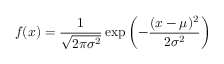
f ( x ) = { \frac { 1 } { \sqrt { 2 \pi \sigma ^ { 2 } } } } \exp \left( - { \frac { ( x - \mu ) ^ { 2 } } { 2 \sigma ^ { 2 } } } \right)